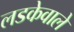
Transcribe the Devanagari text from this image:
लडकेवाले